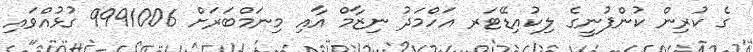
ގެ ކުރިން ކުންފުނީގެ ލިކުއިޑޭޓަރ އަހްމަދު ނިޒާމް އާއި މިނަމްބަރަށް 9991006 ގުޅުއްވައި